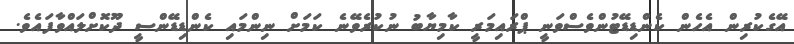
އޭގެކުރިން އެހެން ކެންޑިޑޭޓުންވެސްވަނީ ޕްރައިމަރީ ކާމިޔާބު ނުކުރެވޭނެ ކަމަށް ނިންމައި ކެންޑިޑޭންސީ ދޫކޮށްލައްވާފައެވެ.